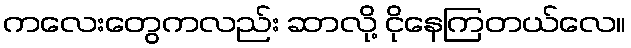
ကလေးတွေကလည်း ဆာလို့ ငိုနေကြတယ်လေ။